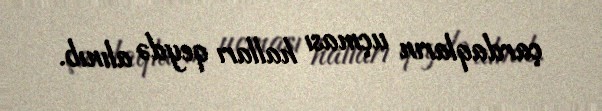
çardaqların uçması halları qeydə alınıb.